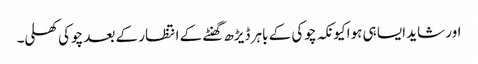
اور شاید ایسا ہی ہوا کیونکہ چوکی کے باہر ڈیڑھ گھنٹے کے انتظار کے بعد چوکی کھلی۔